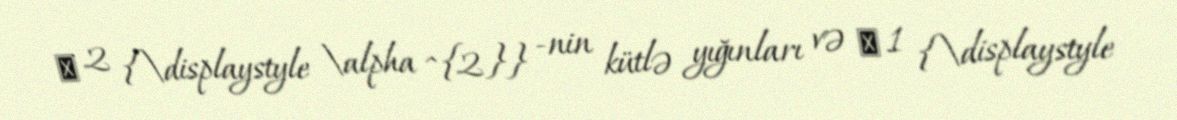
α 2 {\displaystyle \alpha ^{2}} -nin kütlə yığınları və α 1 {\displaystyle